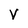
Character: V